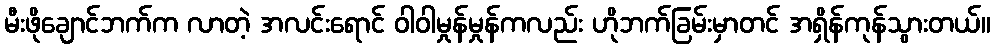
မီးဖိုချောင်ဘက်က လာတဲ့ အလင်းရောင် ဝါဝါမှုန်မှုန်ကလည်း ဟိုဘက်ခြမ်းမှာတင် အရှိန်ကုန်သွားတယ်။